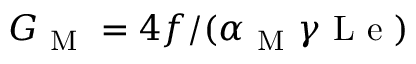
G _ { \mathrm { ~ M ~ } } = 4 f / ( \alpha _ { \mathrm { ~ M ~ } } \gamma \mathrm { ~ L ~ e ~ } )